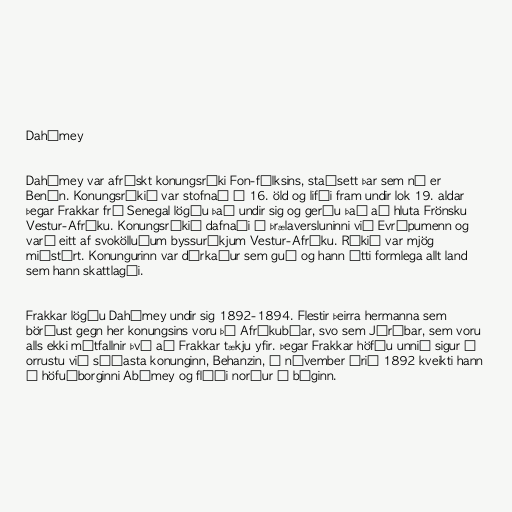
Dahómey

Dahómey var afrískt konungsríki Fon-fólksins, staðsett þar sem nú er
Benín. Konungsríkið var stofnað á 16. öld og lifði fram undir lok 19. aldar
þegar Frakkar frá Senegal lögðu það undir sig og gerðu það að hluta Frönsku
Vestur-Afríku. Konungsríkið dafnaði á þrælaversluninni við Evrópumenn og
varð eitt af svokölluðum byssuríkjum Vestur-Afríku. Ríkið var mjög
miðstýrt. Konungurinn var dýrkaður sem guð og hann átti formlega allt land
sem hann skattlagði.

Frakkar lögðu Dahómey undir sig 1892-1894. Flestir þeirra hermanna sem
börðust gegn her konungsins voru þó Afríkubúar, svo sem Jórúbar, sem voru
alls ekki mótfallnir því að Frakkar tækju yfir. Þegar Frakkar höfðu unnið sigur í
orrustu við síðasta konunginn, Behanzin, í nóvember árið 1892 kveikti hann
í höfuðborginni Abómey og flýði norður á bóginn.